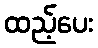
ထည့်ပေး